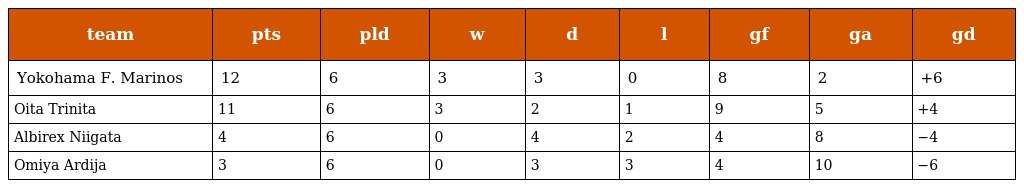
| team | pts | pld | w | d | l | gf | ga | gd |
 | --- | --- | --- | --- | --- | --- | --- | --- | --- |
 | Yokohama F. Marinos | 12 | 6 | 3 | 3 | 0 | 8 | 2 | +6 |
 | Oita Trinita | 11 | 6 | 3 | 2 | 1 | 9 | 5 | +4 |
 | Albirex Niigata | 4 | 6 | 0 | 4 | 2 | 4 | 8 | −4 |
 | Omiya Ardija | 3 | 6 | 0 | 3 | 3 | 4 | 10 | −6 |